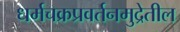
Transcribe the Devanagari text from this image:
धर्मचक्रप्रवर्तनमुद्रेतील